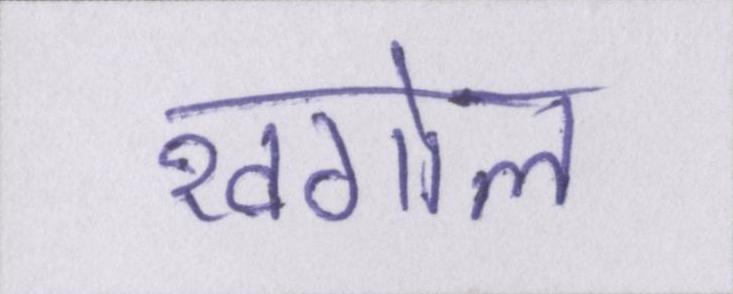
खगोल